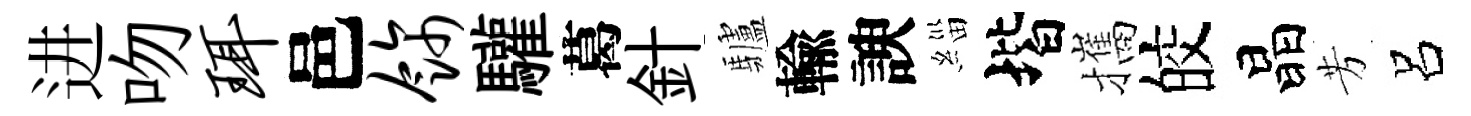
进吻珥邑饰驩葛針驢輸諛緇堦攜皎晶芳呂